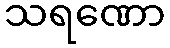
သရဏော